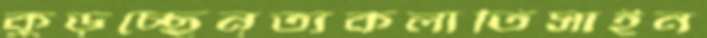
কুড়চ্ছেনৃত্যকলাতিসাইন